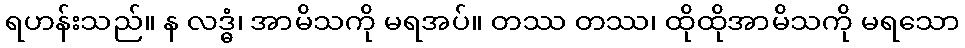
ရဟန်းသည်။ န လဒ္ဓံ၊ အာမိသကို မရအပ်။ တဿ တဿ၊ ထိုထိုအာမိသကို မရသော